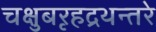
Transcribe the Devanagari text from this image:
चक्षुबरृहद्रथन्तरे